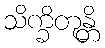
သိက္ခိတုန္တိ